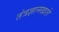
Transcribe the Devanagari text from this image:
तंत्रज्ञानखाते